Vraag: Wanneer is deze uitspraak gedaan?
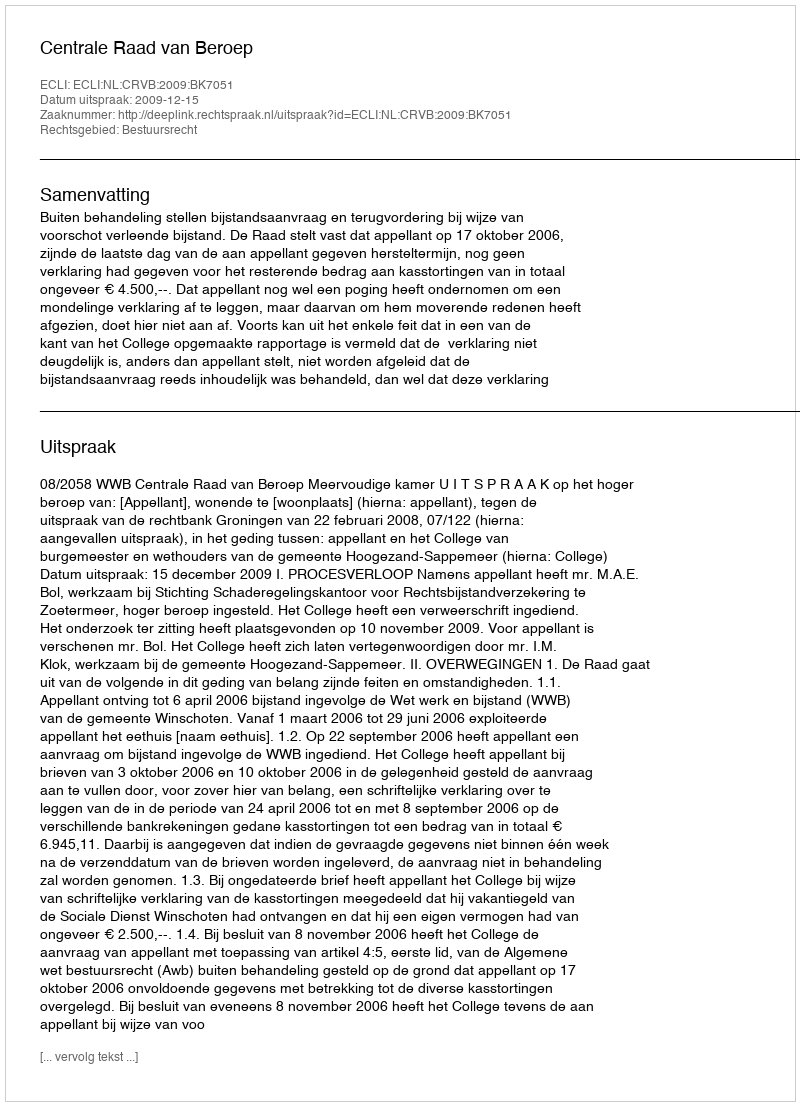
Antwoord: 2009-12-15